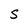
Character: S